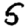
Digit: 5